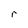
Character: r